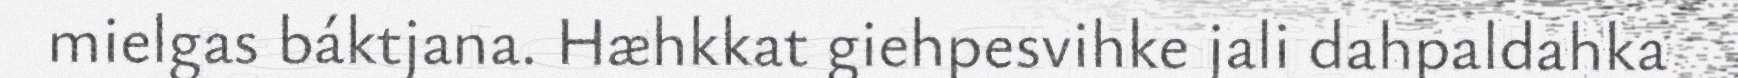
mielgas báktjana. Hæhkkat giehpesvihke jali dahpaldahka